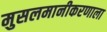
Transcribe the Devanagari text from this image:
मुसलमानीकरणाला